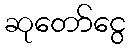
ဆုတော်ငွေ